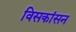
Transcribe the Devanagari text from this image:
विसकांसन